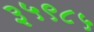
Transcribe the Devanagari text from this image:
३५९८५